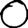
Digit: 0